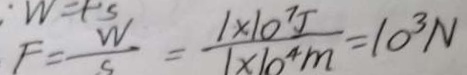
F = \frac { W } { S } = \frac { 1 \times 1 0 ^ { 7 } J } { 1 \times 1 0 ^ { 4 } m } = 1 0 ^ { 3 } N